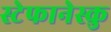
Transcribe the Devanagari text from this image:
स्टेफानेस्कु